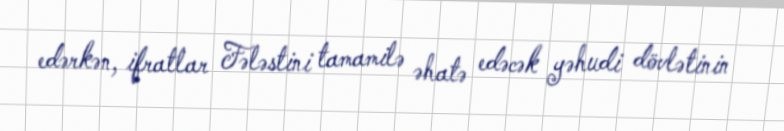
edərkən, ifratlar Fələstini tamamilə əhatə edəcək yəhudi dövlətinin